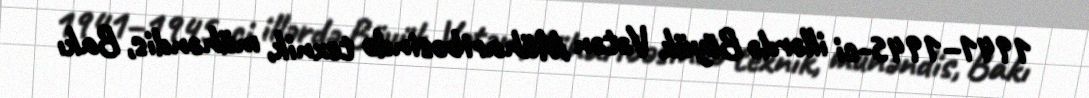
1941–1945-ci illərdə Böyük Vətən Müharibəsində texnik, mühəndis, Bakı